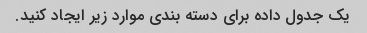
یک جدول داده برای دسته بندی موارد زیر ایجاد کنید.